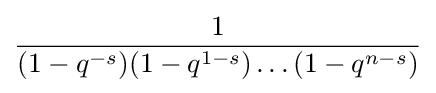
{\frac {1}{(1-q^{-s})(1-q^{1-s})\dots (1-q^{n-s})}}